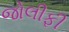
જોલીફી